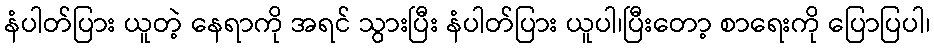
နံပါတ်ပြား ယူတဲ့ နေရာကို အရင် သွားပြီး နံပါတ်ပြား ယူပါ၊ပြီးတော့ စာရေးကို ပြောပြပါ၊